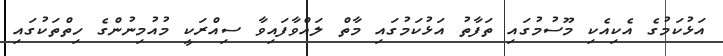
އަޅުކަމުގެ އެކިއެކި މޫސުމުގައި ތަފާތު އަޅުކަމުގައި މާތް ލައްވާފައިވާ ސިއްރަކީ މުއުމިނުންގެ ހިތްތަކުގައި